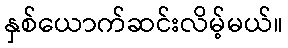
နှစ်ယောက်ဆင်းလိမ့်မယ်။